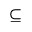
\subseteq